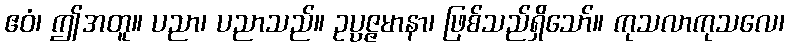
ဧဝံ၊ ဤအတူ။ ပညာ၊ ပညာသည်။ ဥပ္ပဇ္ဇမာနာ၊ ဖြစ်သည်ရှိသော်။ ကုသလာကုသလေ၊